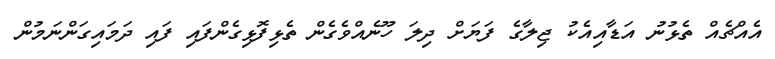
އެއްޗެއް ތެޅުނު އަޑާއިއެކު ޖިލާގެ ފަޔަށް ދިލަ ހޫނެއްވެގެން ތެޅިފޮޅިގެންފައި ފައި ދަމައިގަންނަމުން